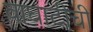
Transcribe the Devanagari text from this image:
वाघाटीची